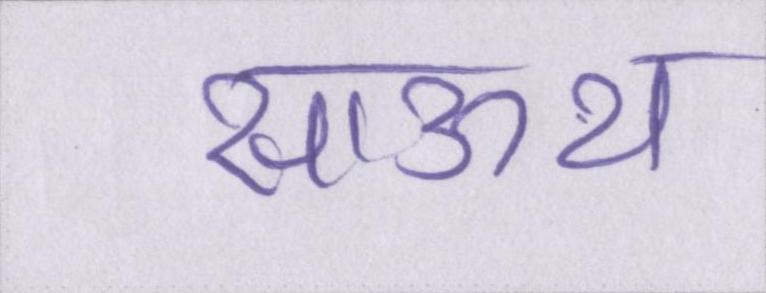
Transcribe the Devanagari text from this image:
साऊथ